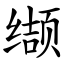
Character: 缬